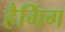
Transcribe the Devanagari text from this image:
हैगिंग